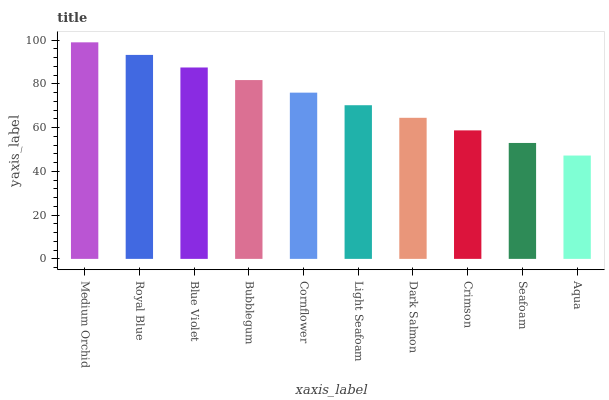
| xaxis_label | bars |
 | --- | --- |
 | Medium Orchid | 99 |
 | Royal Blue | 93.2 |
 | Blue Violet | 87.5 |
 | Bubblegum | 81.7 |
 | Cornflower | 76 |
 | Light Seafoam | 70.2 |
 | Dark Salmon | 64.5 |
 | Crimson | 58.7 |
 | Seafoam | 53 |
 | Aqua | 47.2 |